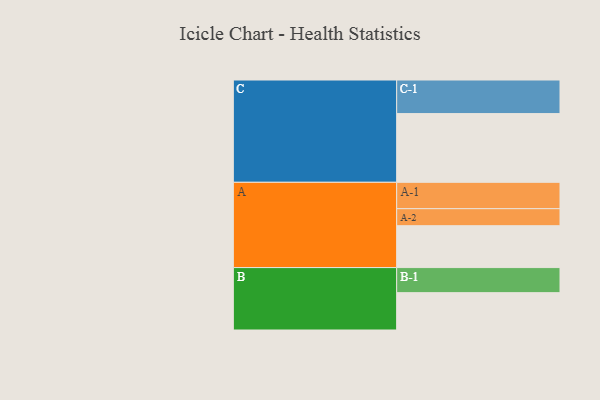
{"axis": {"x": "Segment", "y": "Value"}, "legend": ["", "A", "B", "C"], "data": [{"x": "A", "y": 359, "type": ""}, {"x": "B", "y": 320, "type": ""}, {"x": "C", "y": 589, "type": ""}, {"x": "A-1", "y": 226, "type": "A"}, {"x": "A-2", "y": 146, "type": "A"}, {"x": "B-1", "y": 215, "type": "B"}, {"x": "C-1", "y": 288, "type": "C"}]}